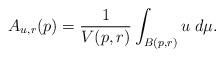
LaTeX: \begin{align*}A_{u,r}(p) = \frac{1}{V(p,r)} \int_{B(p,r)}u \;d\mu. \end{align*}